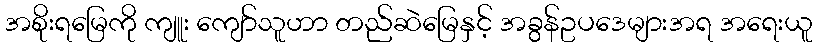
အစိုးရမြေကို ကျူး ကျော်သူဟာ တည်ဆဲမြေနှင့် အခွန်ဥပဒေများအရ အရေးယူ